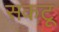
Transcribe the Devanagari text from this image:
सकटू